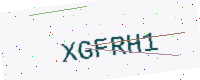
Text: XGFRH1